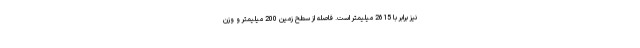
نیز برابر با 2615 میلیمتر است. فاصله از سطح زمین 200 میلیمتر و وزن